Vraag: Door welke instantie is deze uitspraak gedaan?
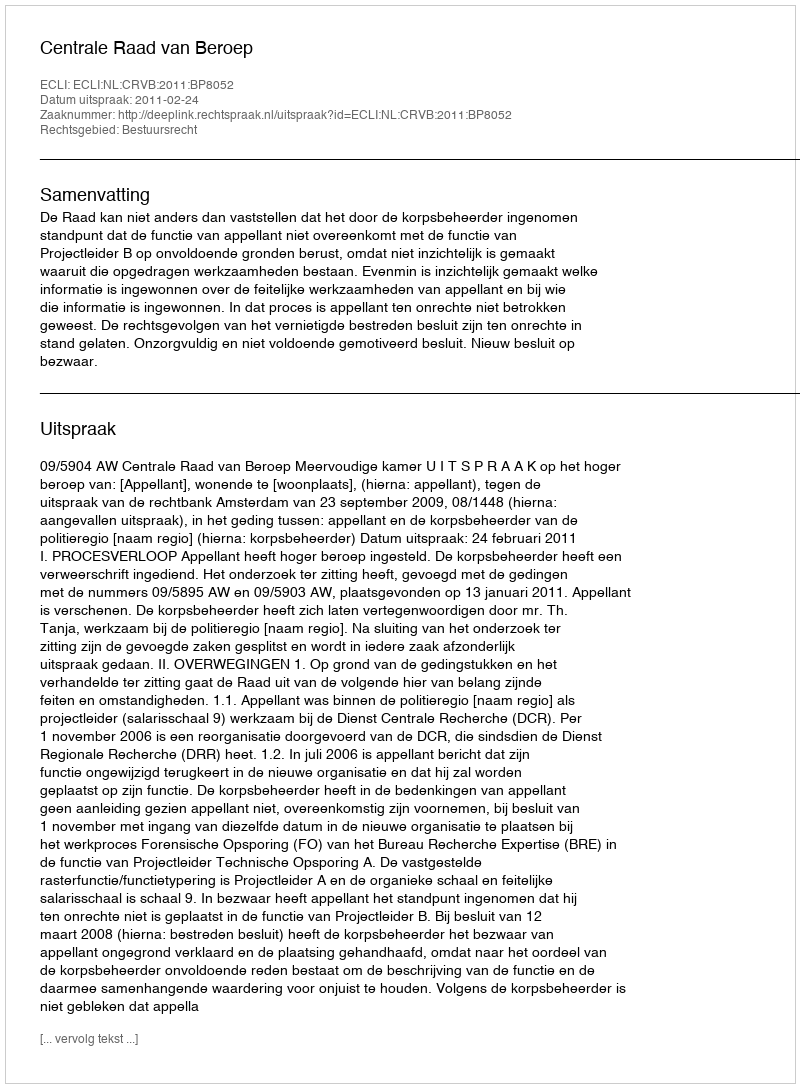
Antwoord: Centrale Raad van Beroep